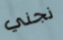
نجني